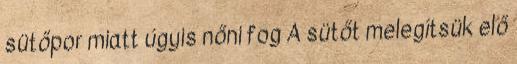
sütőpor miatt úgyis nőni fog A sütőt melegítsük elő